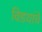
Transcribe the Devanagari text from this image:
विडयांचे